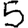
Digit: 5